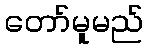
တော်မူမည်